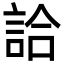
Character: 詥